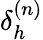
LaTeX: \delta_{h}^{(n)}